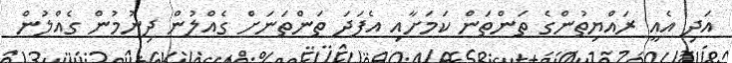
އަދި އެއީ ރައްޔިތުންގެ ތަންތަން ކަމަށާއި އެފަދަ ތަންތަނަށް ގެއްލުން ދިނުމުން ގެއްލުން